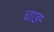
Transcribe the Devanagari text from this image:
चाड़